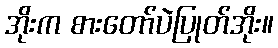
အိုးက စားတော်ပဲပြုတ်အိုး။